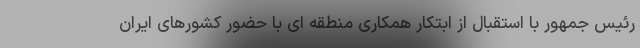
رئیس جمهور با استقبال از ابتکار همکاری منطقه ای با حضور کشورهای ایران